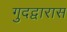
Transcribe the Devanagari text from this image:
गुदद्वारास